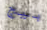
بيج